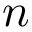
n